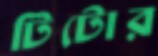
টিটোর